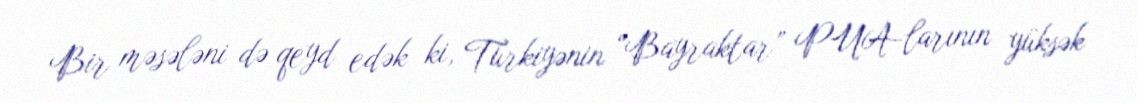
Bir məsələni də qeyd edək ki, Türkiyənin “Bayraktar” PUA-larının yüksək